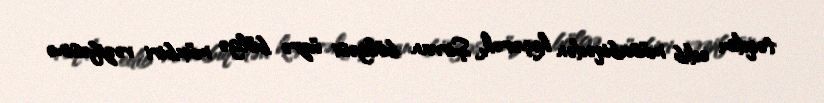
təqdim edib müsabiqədən keçərək, Şirvan bölgəsi üzrə bölgə müxbiri vəzifəsinə